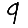
Digit: 9